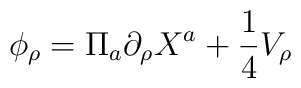
\phi_\rho=\Pi_a\partial_\rho X^a+\frac{1}{4}V_\rho